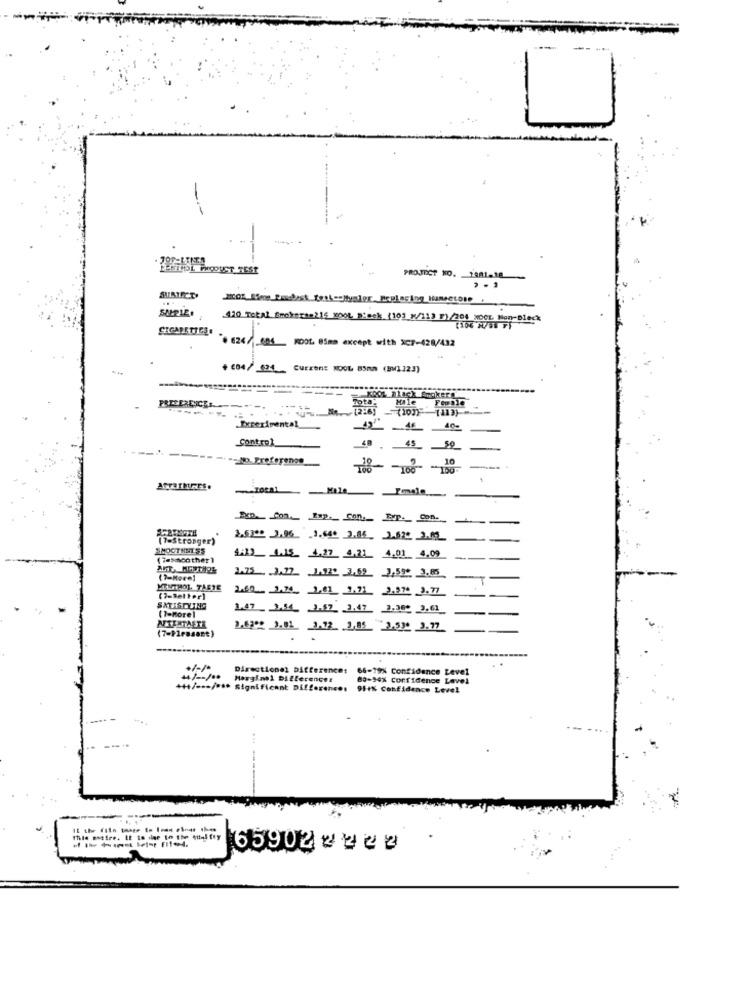
-
JOP-1 TET.A
LEKHOL PRODUCT TEST
PROJECT NO.
SUPIE.
410 Total Smokeran216 rous sieck. (101 x/11) 1)/200 WOOL Non-Bleck
0 624/ 1601 FOOL Bims except with XC7-428/432
+ 004/ 021 Curren: NOOL 85mm (BW1123)
Hale
Female
PREFERENCE
(100) 1113)
Experimental
Control
48 . 45_ _ 50
10
.
Mile
("-Stronger)
SMOOTHNT SS
(7excother ]
4413_ 1.15. 4.27 4.21_ 4.01 4,09
(3-More]
1.75 . 3.27 7. 3.69 3,59* 3.85
MENTHOL. TASTE
2.60 3,76 3.62 933 2.994 3.77
SATISTYING
(7-More )
1.47 1X14_ 3-57 3.47 3.360 3.61
NTEKTAETE
2.6302 3.01 3.72. 3,85 3.53º 3.77
(7-Pleasant)
Directional Difference: 66-19% Confidence Level
44/ -- /00 Mougins) Differences
89-94% Confidence Level
+++/ -.* / *** Significant Differences 95+% Confidence Level
65902+220